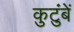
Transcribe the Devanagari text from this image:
कुटुंबें